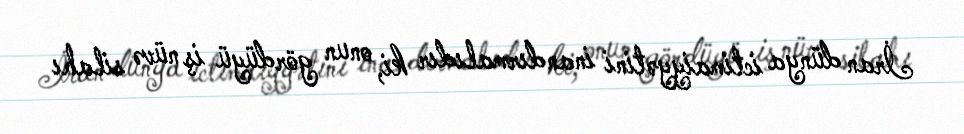
İran dünya ictimaiyyətini inandırmalıdır ki, onun gördüyü iş nüvə silahı